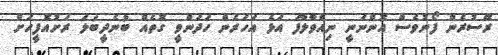
ރޭސުރެން ފޯނުވެސް އޮންނަނީ ނިއްވާލާފަ އަޅެ އަހަރެން ހަދަންވީ ގޮތެއް ބުނެދީބަލަ ރަށުއޮފީހަށް